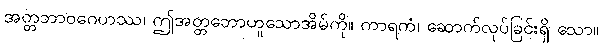
အတ္တဘာဝဂေဟဿ၊ ဤအတ္တဘောဟူသောအိမ်ကို။ ကာရကံ၊ ဆောက်လုပ်ခြင်းရှိ သော။